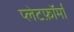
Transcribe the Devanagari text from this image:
प्लेटफ़ॉर्मों